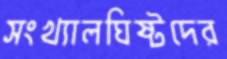
সংখ্যালঘিষ্টদের